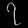
Digit: ၇